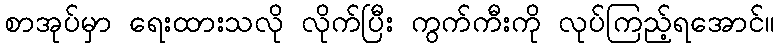
စာအုပ်မှာ ရေးထားသလို လိုက်ပြီး ကွက်ကီးကို လုပ်ကြည့်ရအောင်။